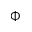
\Phi